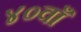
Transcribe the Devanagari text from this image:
४०वाँ